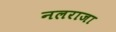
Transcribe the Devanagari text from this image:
नलराजा